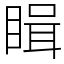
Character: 䁒